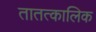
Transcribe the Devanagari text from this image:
तातत्कालिक